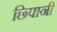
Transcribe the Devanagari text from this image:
छिपानी